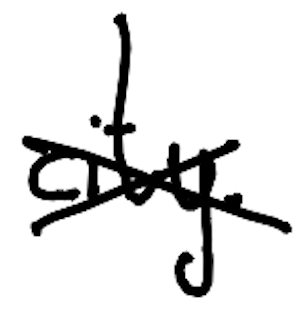
Text: city.
Cross-out: cross
Writing tool: digital_black